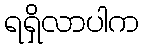
ရရှိလာပါက